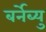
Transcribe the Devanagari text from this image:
बर्नेब्यु